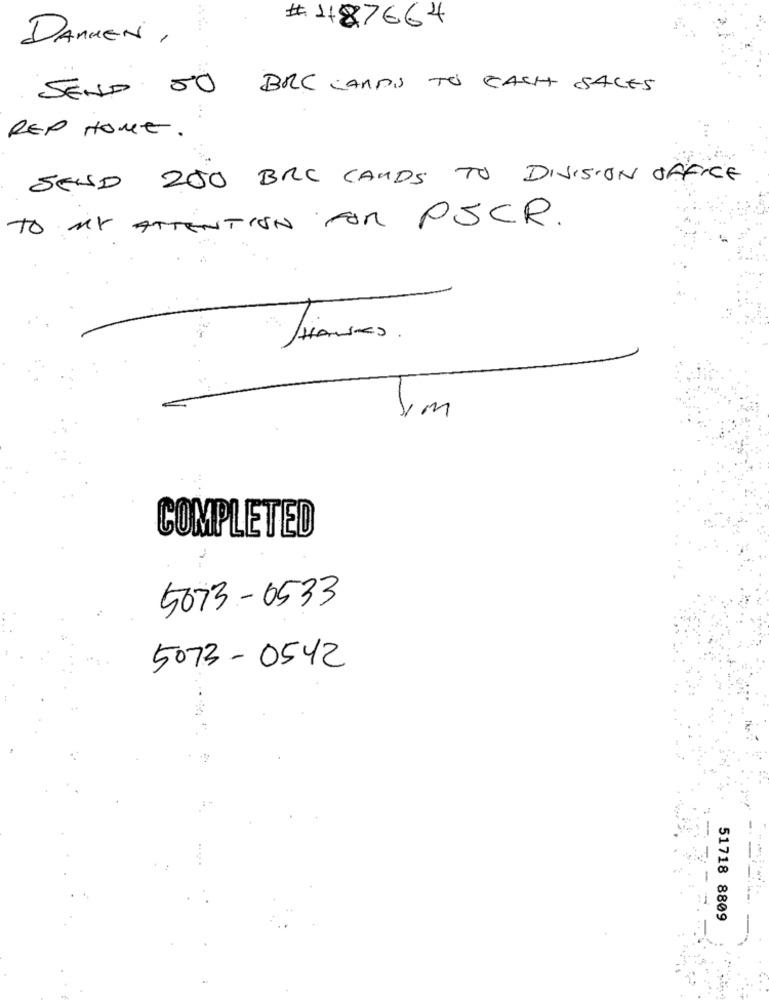
# 1187664
DANKEN,
SEND 50 BRC CARDS TO CASH SALES
REP HOME.
SEND 200 BRC CARDS TO DIVISION OFFICE
TO MY ATTENTION FOR PSCR.
Siames .
COMPLETED
5073-0533
5073-0542
51718 8809